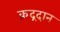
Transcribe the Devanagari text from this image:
क़द्रदान